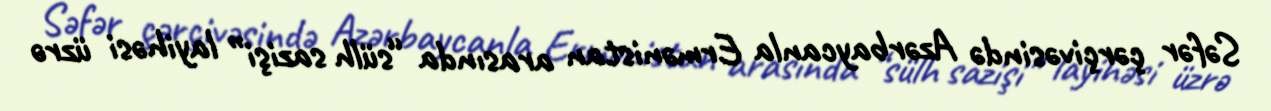
Səfər çərçivəsində Azərbaycanla Ermənistan arasında “sülh sazişi” layihəsi üzrə